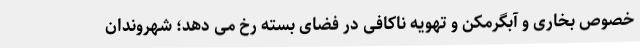
خصوص بخاری و آبگرمکن و تهویه ناکافی در فضای بسته رخ می دهد؛ شهروندان